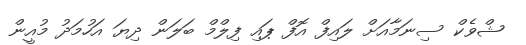
ޝްވެކް ސިނަމާއަށް ލައިފް އޮފް ޕައި ފިލްމް ބަލަން ދިޔަ އަހުމަދު މުއީން